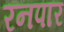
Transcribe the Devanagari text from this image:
रनपार